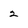
Character: 2